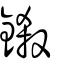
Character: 鎩